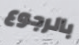
بالرجوع